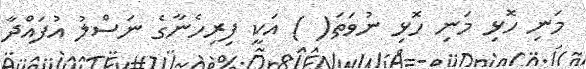
މަނި ހޮޅި މަނި ހޮޅި ނުވަތަ( ) އަކީ ފިރިހެނާގެ ނަސްލު އުފައްދާ